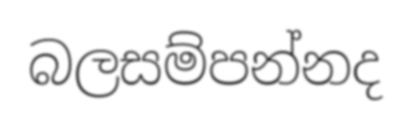
බලසම්පන්නද